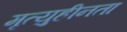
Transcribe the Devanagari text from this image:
मृत्युहीनता